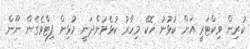
ކުރިން ވިކްޓަރީ އަށް ކުޅުނު ހޮކޭ މިހާރު ކުޅެމުންދަނީ މުޅިން ފިޓްވެގެން ނޫން